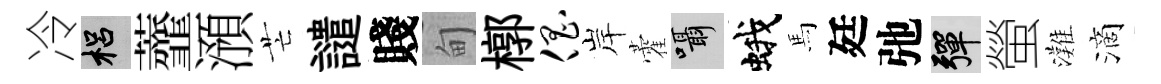
冷梠虀澦芒譴賤甸槨倡岸藿囁蛾馬廷弛彈螢灘滴